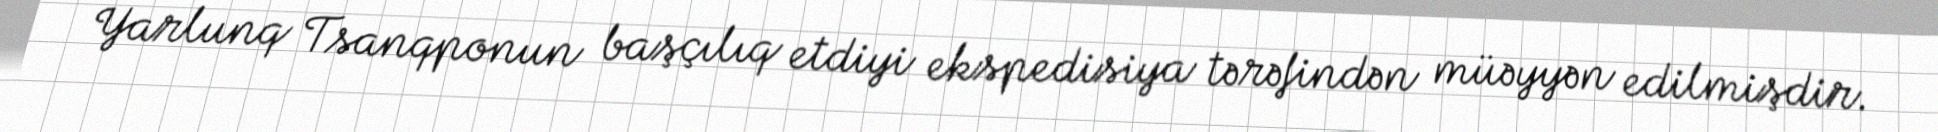
Yarlunq Tsanqponun başçılıq etdiyi ekspedisiya tərəfindən müəyyən edilmişdir.